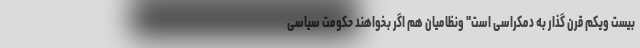
بیست ویکم قرن گذار به دمکراسی است" ونظامیان هم اگر بخواهند حکومت سیاسی